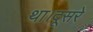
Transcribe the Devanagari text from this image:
था।दूसरे